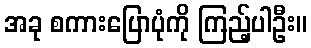
အခု စကားပြောပုံကို ကြည့်ပါဦး။